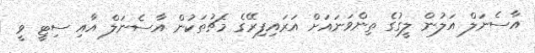
އާސެނަލް އަލުން ލީގުގެ ތިންވަނައަށް އަރައިފިރޭގެ މެޗުތަކުން އާސެނަލް އާއި ސިޓީ ވީ